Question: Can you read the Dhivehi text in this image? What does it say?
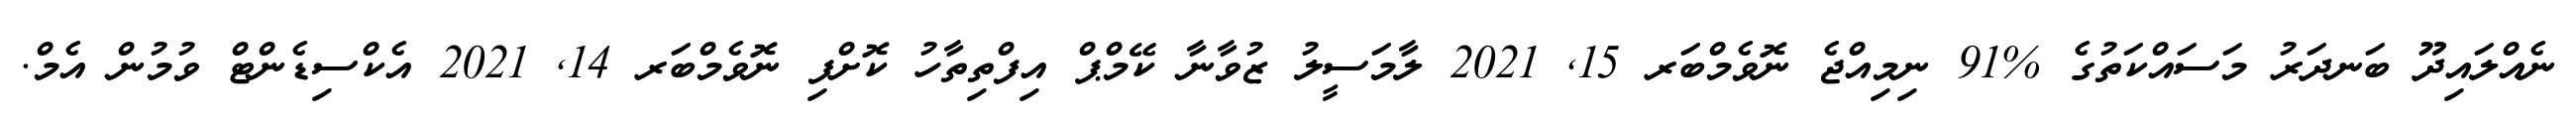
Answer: ނެއްލައިދޫ ބަނދަރު މަސައްކަތުގެ %91 ނިމިއްޖެ ނޮވެމްބަރ 15, 2021 ލާމަސީލު ޒުވާނާ ކޭމްޕް އިފްތިތާހު ކޮށްފި ނޮވެމްބަރ 14, 2021 އެކްސިޑެންޓް ވުމުން އެމް.